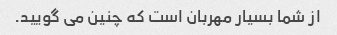
از شما بسیار مهربان است که چنین می گویید.